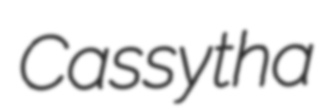
Cassytha